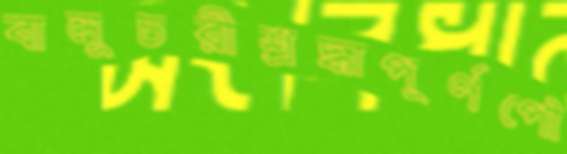
বালুচরীশ্রদ্ধাপূর্ণপৌ